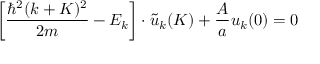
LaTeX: \left[ { \frac { \hbar ^ { 2 } ( k + K ) ^ { 2 } } { 2 m } } - E _ { k } \right] \cdot { \tilde { u } } _ { k } ( K ) + { \frac { A } { a } } u _ { k } ( 0 ) = 0